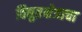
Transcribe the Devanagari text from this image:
विद्युतक्षेत्राचा